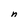
Character: n